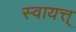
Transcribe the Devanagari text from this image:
स्वायत्त्